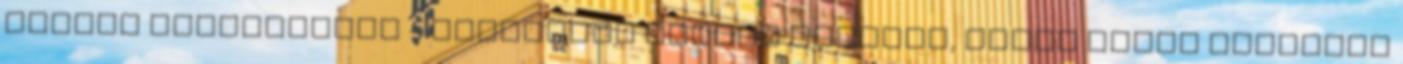
mentes étrendekkel - Bármilyen diétát követsz, innen tudsz rendelni